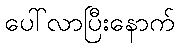
ပေါ်လာပြီးနောက်